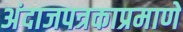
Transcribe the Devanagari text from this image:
अंदाजपत्रकाप्रमाणे